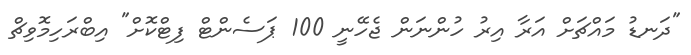
"ދަނޑު މައްޗަށް އަރާ އިރު ހުންނަން ޖެހޭނީ 100 ޕަސެންޓް ފިޓްކޮށް" އިބްރަހިމޮވިޗް